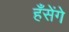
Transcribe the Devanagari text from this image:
हँसेंगे